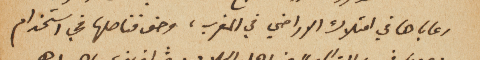
رعاياها في امتلاك الاراضي في المغرب، وحق قناصلها في استخدام